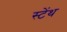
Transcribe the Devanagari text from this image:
स्‍टेंथ